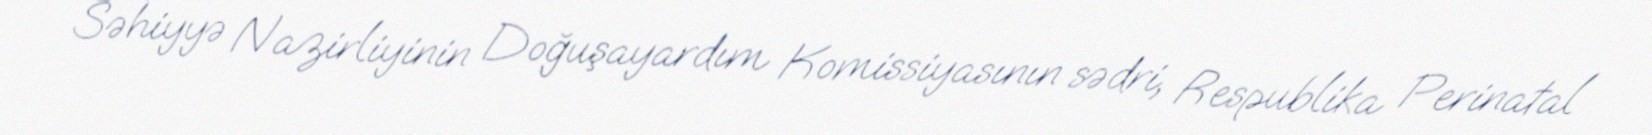
Səhiyyə Nazirliyinin Doğuşayardım Komissiyasının sədri, Respublika Perinatal